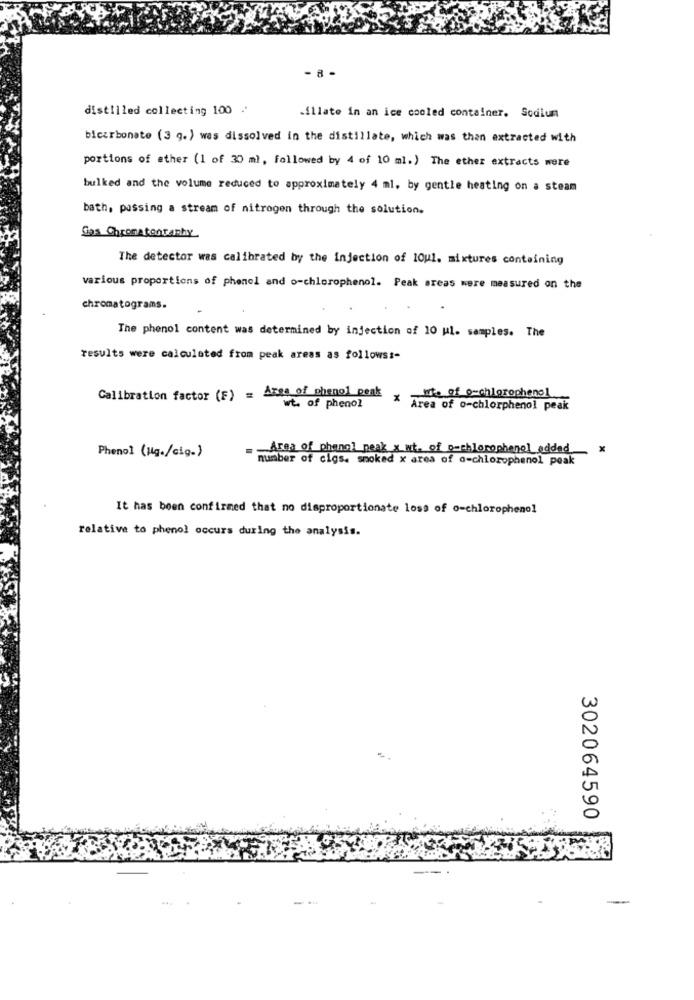
- 8 -
distilled collecting 100 .'
.illate in an ice cooled container. Sodium
bicarbonate (3 g.) was dissolved in the distillate, which was then extracted with
portions of ether (1 of 30 m), followed by 4 of 10 ml.) The ether extracts were
bulked and the volume reduced to approximately 4 ml. by gentle heating on a steam
bath, passing a stream of nitrogen through the solution.
Gas Chromatontanhy
The detector was calibrated by the injection of 10u1. mixtures conteining
various proportions of phenol and o-chlorophenol. Peak areas were measured on the
chromatograms.
The phenol content was determined by injection of 10 ul. samples. The
results were calculated from peak areas as follows :-
Calibration factor (F) = Axes of phenol peak
lite of orchlorophenol
wt. of phenol
* Area of 0-chlorphenol peak
Pheno] (Hg./cig.)
Area of phanal peak x wt. of o-chlorophenol added_ x
number of cigs. smoked x area of o-chlorophenol peak
It has been confirmed that no disproportionate loss of o-chlorophenol
relative to phenol occurs during the analysis.
302064590